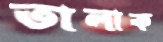
তালাক